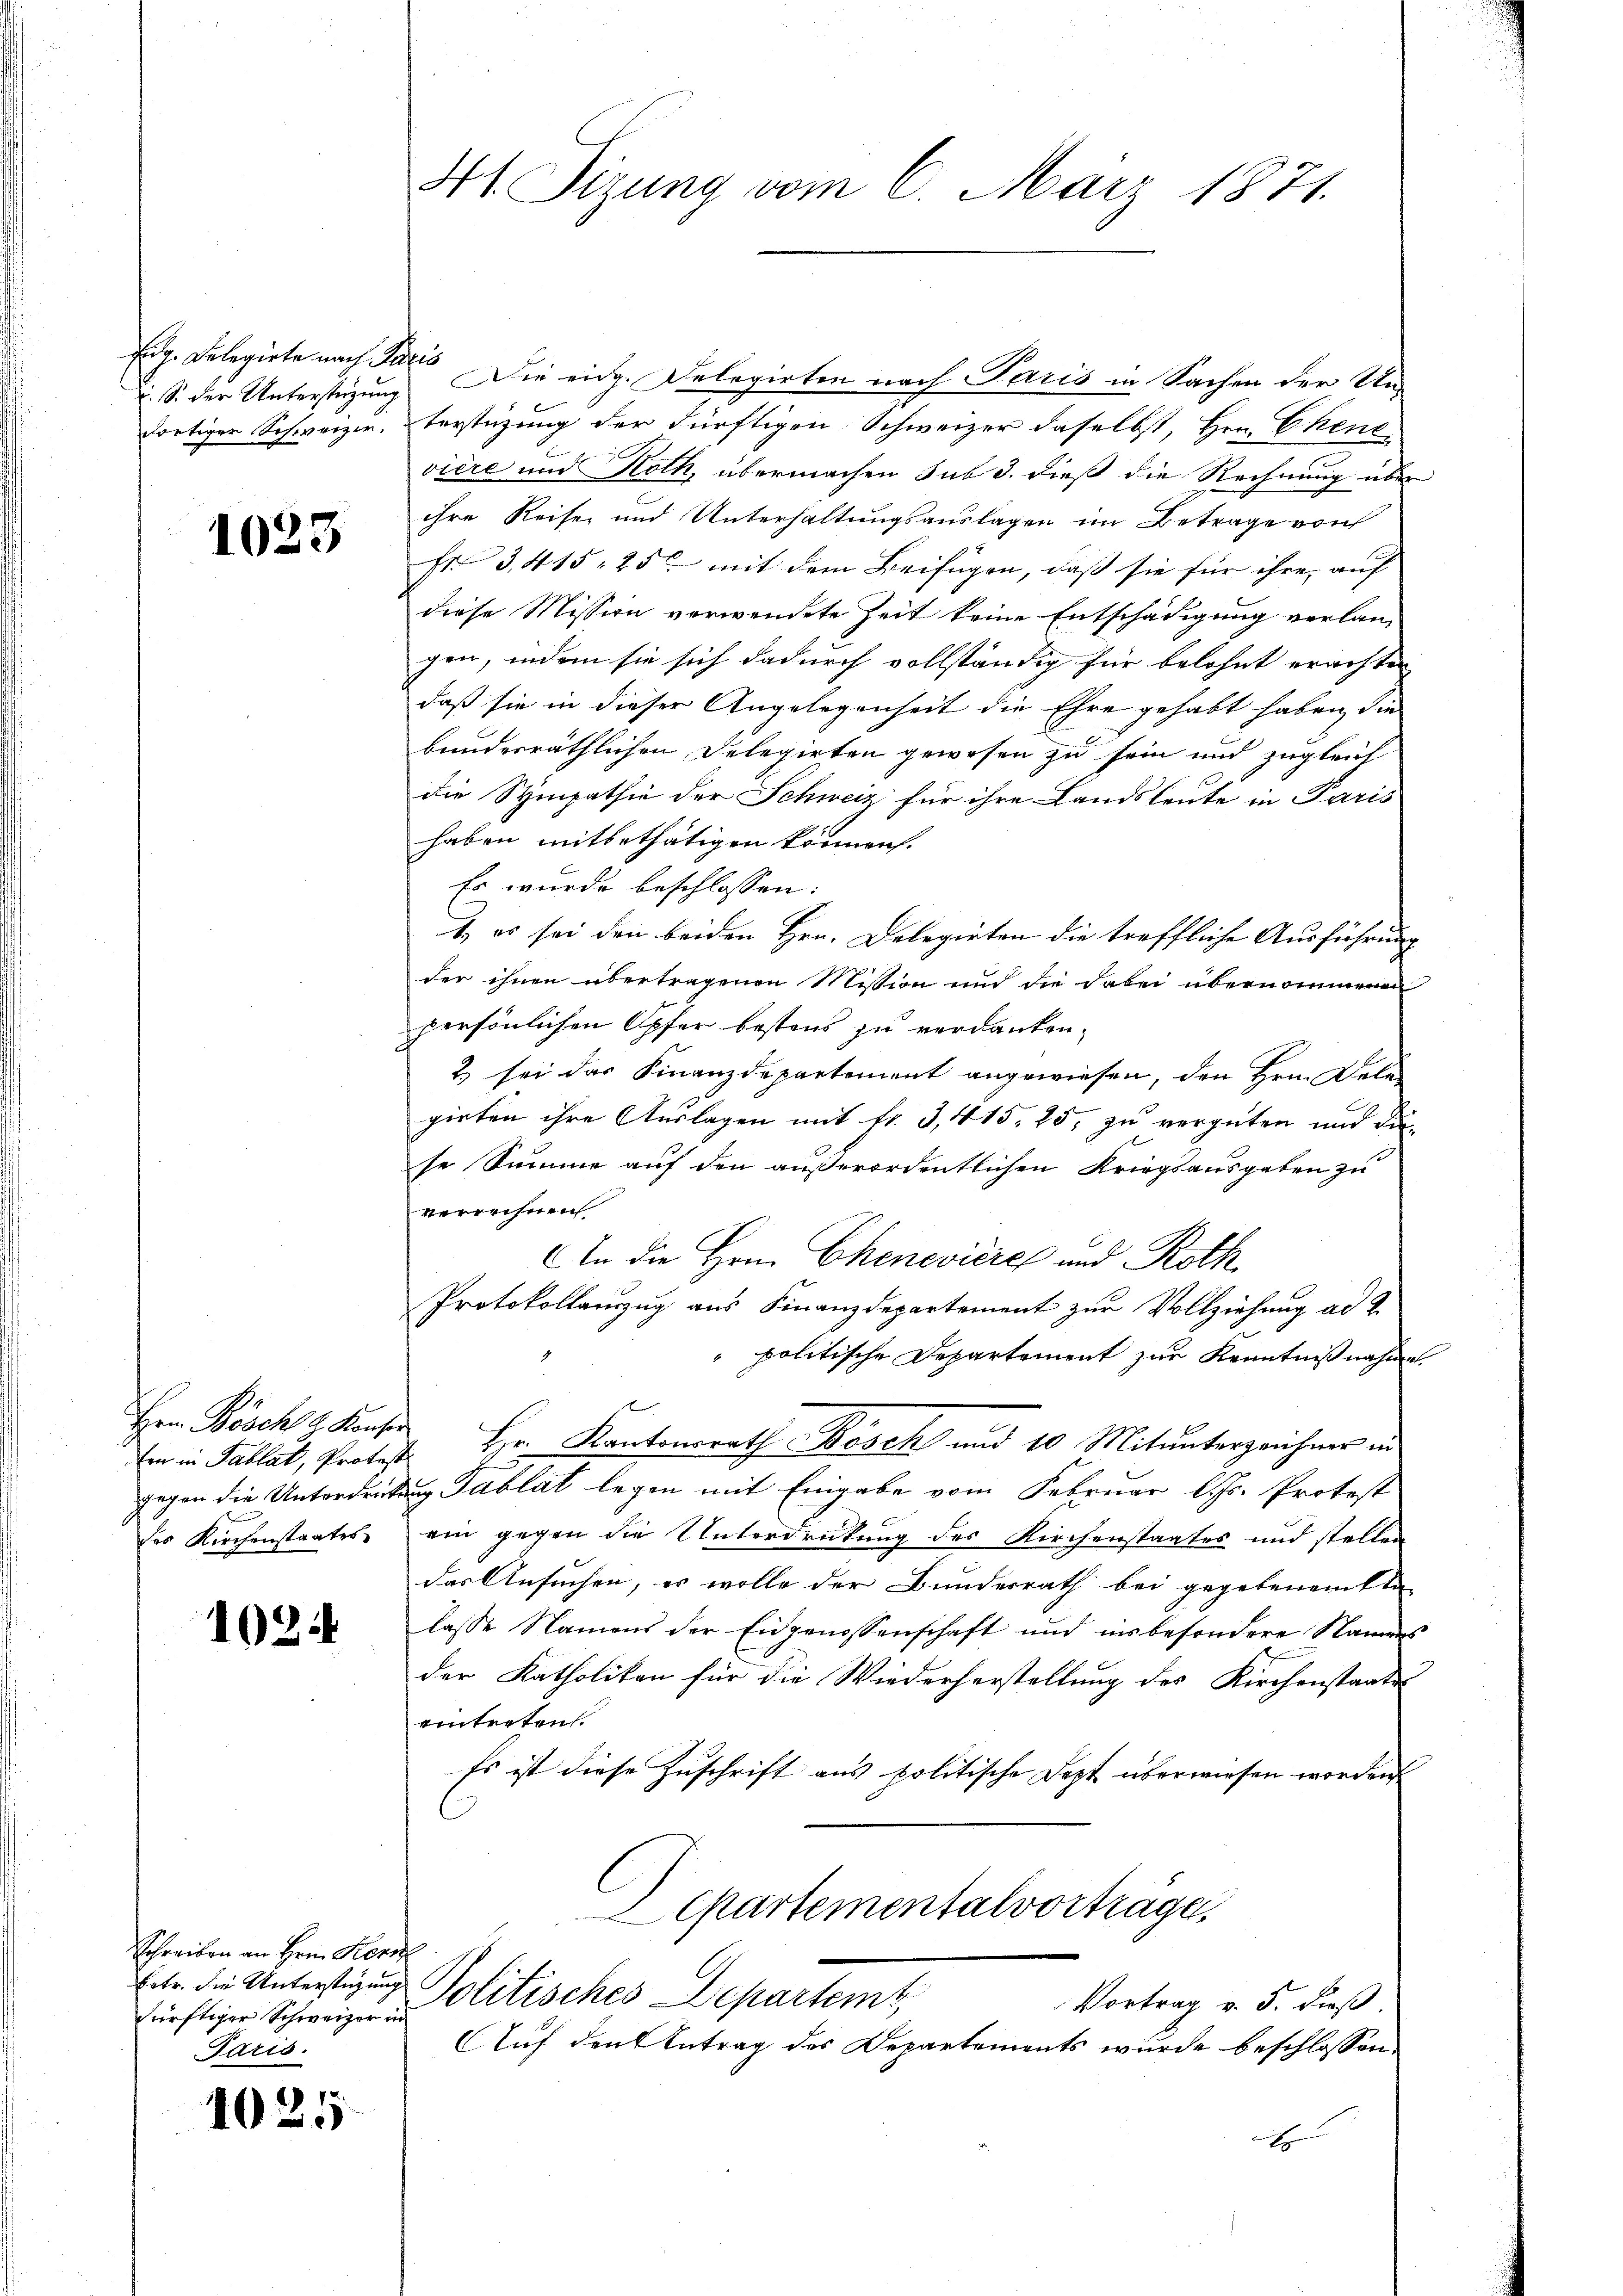
Eidg. Belegirte nach Juris
 S. der Unterstüzung
dortiger Schweizer.

1023

Hrn. Böscht H. Konsen
des Kirchenstaates

1024

Schreiben an Herrn Hors
dürftiger Schweizer in
Paris.

1025

41. Sizung vom 6. März 1871.

Die eidg. Delegirten nach Paris in Sachen der Unterstüzung der dürftigen Schweizer daselbst, Hrn. Ehent
vière und Roth, übermachen sub 3. dieß die Rechnung über
ihre Reise und Unterhaltungsauslagen im Betrage von
Fr. 3, 415, 25 mit dem Beifügen, daß sie für ihre auf
diese Mission verwendete Zeit keine Entschädigung verlangen, indem sie sich dadurch vollständig für belohnt erachten
daß sie in dieser Angelegenheit die Ehre gehabt haben, die
bundesräthlichen Delegirten gewesen zu sein und zugleich
die Sympathie der Schweiz für ihre Landsleute in Paris
haben mitbethätigen können.
Es wurde beschlossen:
t, es sei den beiden Hrn. Delegirten die treffliche Ausführung
der ihnen übertragenen Mission und die dabei übernommenen
persönlichen Opfer bestens zu verdanken.
2 sei das Finanzdepartement angewiesen, den Hrn. Dele-
girten ihre Auslagen mit fr. 3, 415, 25, zu vergüten und die
se Summe auf den außerordentlichen Kriegsausgaben zu
verrechnen
An die Hrn. Chenevière und Roth
Protokollauszug aus Finanzdepartement zur Vollziehung ad 2.
" politische Departement zur Kenntnißnahme
Ein in Tablat, Protest. Hr. Kantonsrath Bosch und 10 Mitunterzeichner in
gegen die Unterdrückung Tablat legen mit Eingabe vom Februar l. Js. Protest
ein gegen die Unterdrückung des Kirchenstaates und stellen
das Ansuchen, er wolle der Bundesrath bei gegebenamte
lasse Namens der Eidgenossenschaft und ins besondere Namens
der Katholiken für die Wiederherstellung des Kirchenstaatss
einterten.
Es ist diese Zuschrift aus politische Dept überwiesen worden
Departementalvorträge,
betr. die Unterstigung Solitisches Departemt
Vortrag v. 5. dieß.
Auf den Antrag des Departements wurde beschlossen:
x